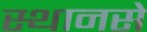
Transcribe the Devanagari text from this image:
स्थानसे